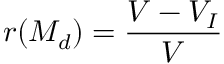
r ( M _ { d } ) = \frac { V - V _ { I } } { V }